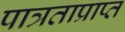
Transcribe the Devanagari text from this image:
पात्रताप्राप्त